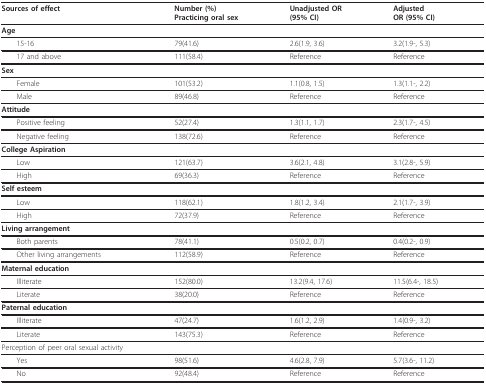
<table><thead><tr><td><b>Sources of effect</b></td><td><b>Number (%)Practicing oral sex</b></td><td><b>Unadjusted OR(95% CI)</b></td><td><b>AdjustedOR (95% CI)</b></td></tr></thead><tbody><tr><td><b>Age</b></td><td></td><td></td><td></td></tr><tr><td> 15-16</td><td>79(41.6)</td><td>2.6(1.9, 3.6)</td><td>3.2(1.9-, 5.3)</td></tr><tr><td> 17 and above</td><td>111(58.4)</td><td>Reference</td><td>Reference</td></tr><tr><td><b>Sex</b></td><td></td><td></td><td></td></tr><tr><td> Female</td><td>101(53.2)</td><td>1.1(0.8, 1.5)</td><td>1.3(1.1-, 2.2)</td></tr><tr><td> Male</td><td>89(46.8)</td><td>Reference</td><td>Reference</td></tr><tr><td><b>Attitude</b></td><td></td><td></td><td></td></tr><tr><td> Positive feeling</td><td>52(27.4)</td><td>1.3(1.1, 1.7)</td><td>2.3(1.7-, 4.5)</td></tr><tr><td> Negative feeling</td><td>138(72.6)</td><td>Reference</td><td>Reference</td></tr><tr><td><b>College Aspiration</b></td><td></td><td></td><td></td></tr><tr><td> Low</td><td>121(63.7)</td><td>3.6(2.1, 4.8)</td><td>3.1(2.8-, 5.9)</td></tr><tr><td> High</td><td>69(36.3)</td><td>Reference</td><td>Reference</td></tr><tr><td><b>Self esteem</b></td><td></td><td></td><td></td></tr><tr><td> Low</td><td>118(62.1)</td><td>1.8(1.2, 3.4)</td><td>2.1(1.7-, 3.9)</td></tr><tr><td> High</td><td>72(37.9)</td><td>Reference</td><td>Reference</td></tr><tr><td><b>Living arrangement</b></td><td></td><td></td><td></td></tr><tr><td> Both parents</td><td>78(41.1)</td><td>0.5(0.2, 0.7)</td><td>0.4(0.2-, 0.9)</td></tr><tr><td> Other living arrangements</td><td>112(58.9)</td><td>Reference</td><td>Reference</td></tr><tr><td><b>Maternal education</b></td><td></td><td></td><td></td></tr><tr><td> Illiterate</td><td>152(80.0)</td><td>13.2(9.4, 17.6)</td><td>11.5(6.4-, 18.5)</td></tr><tr><td> Literate</td><td>38(20.0)</td><td>Reference</td><td>Reference</td></tr><tr><td><b>Paternal education</b></td><td></td><td></td><td></td></tr><tr><td> Illiterate</td><td>47(24.7)</td><td>1.6(1.2, 2.9)</td><td>1.4(0.9-, 3.2)</td></tr><tr><td> Literate</td><td>143(75.3)</td><td>Reference</td><td>Reference</td></tr><tr><td>Perception of peer oral sexual activity</td><td></td><td></td><td></td></tr><tr><td> Yes</td><td>98(51.6)</td><td>4.6(2.8, 7.9)</td><td>5.7(3.6-, 11.2)</td></tr><tr><td> No</td><td>92(48.4)</td><td>Reference</td><td>Reference</td></tr></tbody></table>